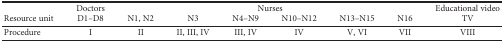
<table><thead><tr><td></td><td><b>Doctors</b></td><td colspan="6"><b>Nurses</b></td><td><b>Educational video</b></td></tr><tr><td><b>Resource unit</b></td><td><b>D1–D8</b></td><td><b>N1, N2</b></td><td><b>N3</b></td><td><b>N4–N9</b></td><td><b>N10–N12</b></td><td><b>N13–N15</b></td><td><b>N16</b></td><td><b>TV</b></td></tr></thead><tbody><tr><td>Procedure</td><td>I</td><td>II</td><td>II, III, IV</td><td>III, IV</td><td>IV</td><td>V, VI</td><td>VII</td><td>VIII</td></tr></tbody></table>